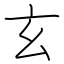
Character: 玄